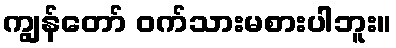
ကျွန်တော် ဝက်သားမစားပါဘူး။